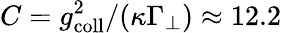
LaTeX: C=g_{\mathrm{coll}}^{2}/(\kappa\Gamma_{\perp})\approx 12.2